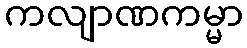
ကလျာဏကမ္မာ